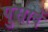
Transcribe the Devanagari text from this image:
पुसावें